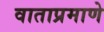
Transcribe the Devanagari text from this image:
वाताप्रमाणे